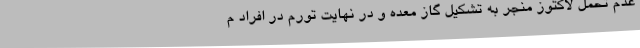
عدم تحمل لاکتوز منجر به تشکیل گاز معده و در نهایت تورم در افراد م